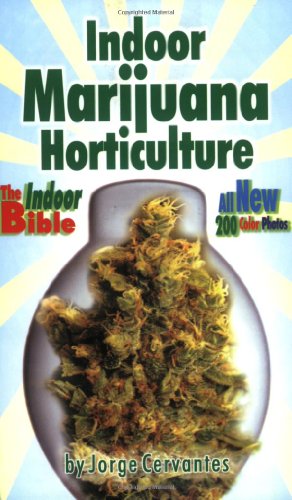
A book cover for Indoor Marijuana Horticulture: The Indoor Bible; Jorge Cervantes; Science & Math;